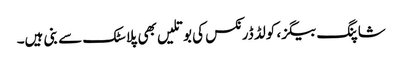
شاپنگ بیگز، کولڈ ڈرنکس کی بوتلیں بھی پلاسٹک سے بنی ہیں۔